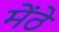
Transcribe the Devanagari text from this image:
मेंठे